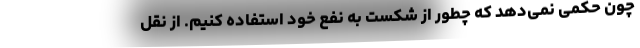
چون حکمی نمی‌دهد که چطور از شکست به نفع خود استفاده کنیم. از نقل‌